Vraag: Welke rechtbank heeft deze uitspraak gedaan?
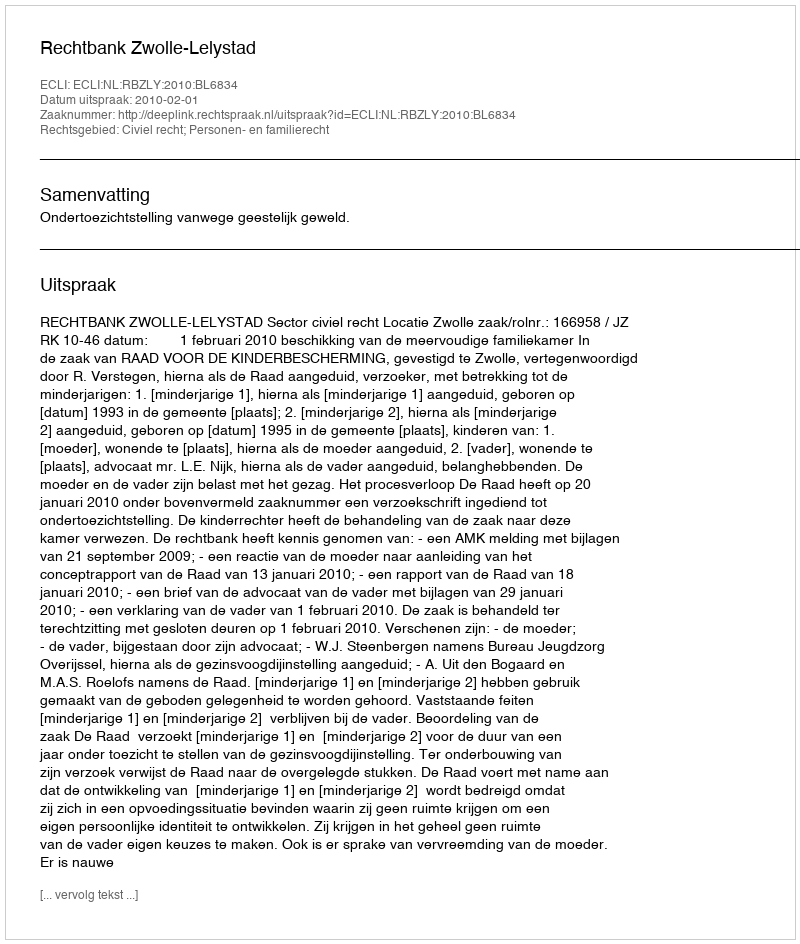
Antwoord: Rechtbank Zwolle-Lelystad